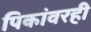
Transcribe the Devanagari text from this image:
पिकांवरही